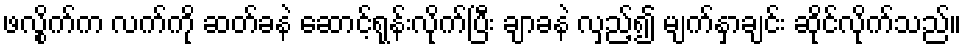
ဖလွိုက်က လက်ကို ဆတ်ခနဲ ဆောင့်ရုန်းလိုက်ပြီး ချာခနဲ လှည့်၍ မျက်နှာချင်း ဆိုင်လိုက်သည်။